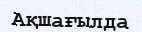
Ақшағылда